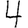
Digit: 4